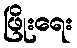
ဖြိုးရေး